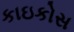
કાઇકોસ